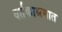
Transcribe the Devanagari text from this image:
वर्तकाश्रमात